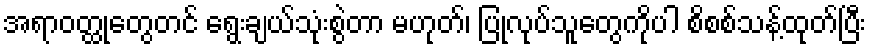
အရာဝတ္ထုတွေတင် ရွေးချယ်သုံးစွဲတာ မဟုတ်၊ ပြုလုပ်သူတွေကိုပါ စိစစ်သန့်ထုတ်ပြီး